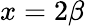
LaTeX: x=2\beta